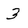
Character: 3